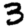
Digit: 3